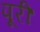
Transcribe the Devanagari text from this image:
पूरीं